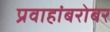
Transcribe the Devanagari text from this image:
प्रवाहांबरोबर